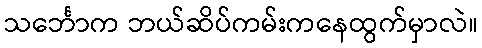
သင်္ဘောက ဘယ်ဆိပ်ကမ်းကနေထွက်မှာလဲ။